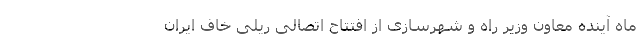
ماه آینده معاون وزیر راه و شهرسازی از افتتاح اتصالی ریلی خاف ایران